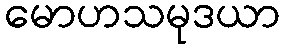
မောဟသမုဒယာ